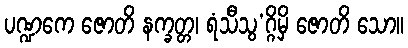
ပဏ္ဍကေ ဇောတိ နက္ခတ္တ၊ ရံသီသွ’ဂ္ဂိမှိ ဇောတိ သော။